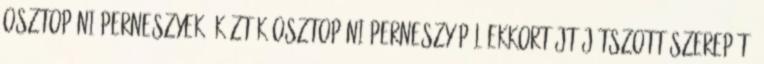
Osztopáni Perneszyek, köztük Osztopáni Perneszy Pál ekkortájt játszott szerepét.